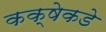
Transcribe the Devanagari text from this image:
कक्षेकडे